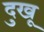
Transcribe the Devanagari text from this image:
दुखू